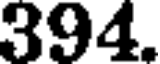
394.